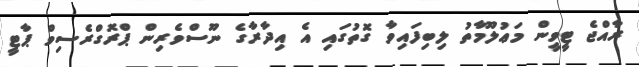
ރާއްޖެ ޓީވީން މަޢުލޫމާތު ލިބިފައިވާ ގޮތުގައި އެ އިދާރާގެ ނޫސްވެރިން ޕްރޮގްރެސިވް ޕާޓީ